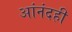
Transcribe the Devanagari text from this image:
आंनंदही